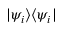
| \psi _ { i } \rangle \langle \psi _ { i } |